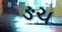
ઙચ